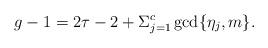
LaTeX: \begin{align*}g-1=2\tau-2+\Sigma_{j=1}^c\gcd\{\eta_j,m\}.\end{align*}